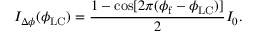
I _ { \Delta \phi } ( \phi _ { \mathrm { L C } } ) = \frac { 1 - \cos [ 2 \pi ( \phi _ { \mathrm { f } } - \phi _ { \mathrm { L C } } ) ] } { 2 } I _ { 0 } .